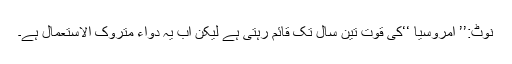
نوٹ:’’ اِمروسیا ‘‘کی قوت تین سال تک قائم رہتی ہے لیکن اب یہ دواء متروک الاستعمال ہے۔